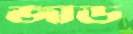
জাড